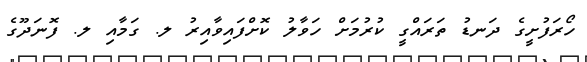
ހޯރަފުށީގެ ދަނޑު ތަރައްގީ ކުރުމަށް ހަވާލު ކޮށްފައިވާއިރު ލ. ގަމާއި ލ. ފޮނަދޫގެ